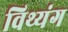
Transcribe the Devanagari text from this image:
विथ्यंग